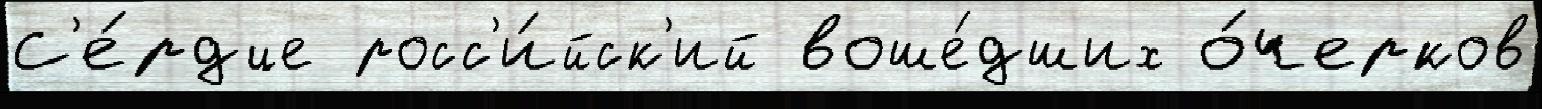
С'е́рдце росс'и́йск'ий воше́дших о́черков